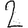
Digit: 2